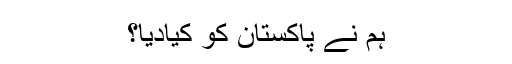
ہم نے پاکستان کو کیادیا؟